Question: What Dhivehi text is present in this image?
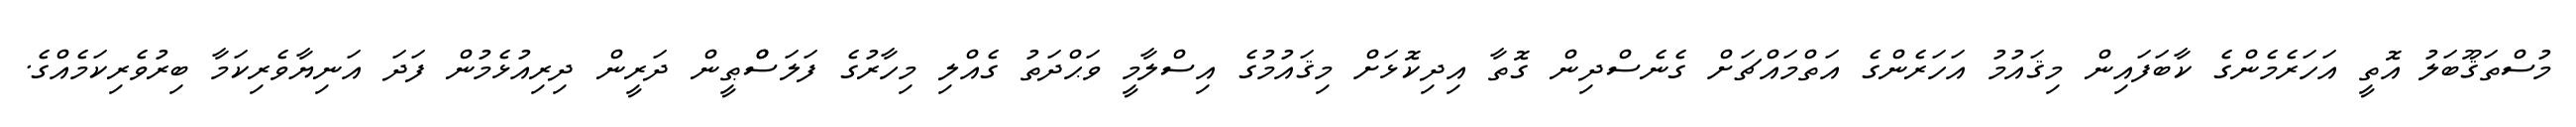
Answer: މުސްތަޤޫބަލު އޮތީ އަހަރެމެންގެ ކާބަފައިން މިޤައުމު އަހަރެންގެ އަތްމައްޗަށް ގެނެސްދިން ގޮތާ އިދިކޮޅަށް މިޤައުމުގެ އިސްލާމީ ވަޙްދަތު ގެއްލި މިހާރުގެ ފަލަސްްޠީން ދަރީން ދިރިއުޅެމުން ފަދަ އަނިޔާވެރިކަމާ ބިރުވެރިކަމެއްގެ.